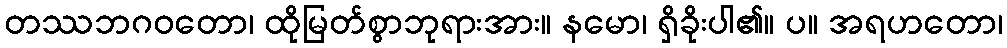
တဿဘဂဝတော၊ ထိုမြတ်စွာဘုရားအား။ နမော၊ ရှိခိုးပါ၏။ ပ။ အရဟတော၊